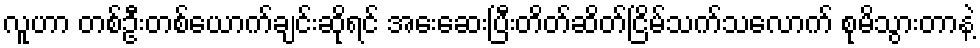
လူဟာ တစ်ဦးတစ်ယောက်ချင်းဆိုရင် အေးဆေးပြီးတိတ်ဆိတ်ငြိမ်သက်သလောက် စုမိသွားတာနဲ့